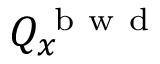
Q _ { x } ^ { \mathrm { ~ b ~ w ~ d ~ } }